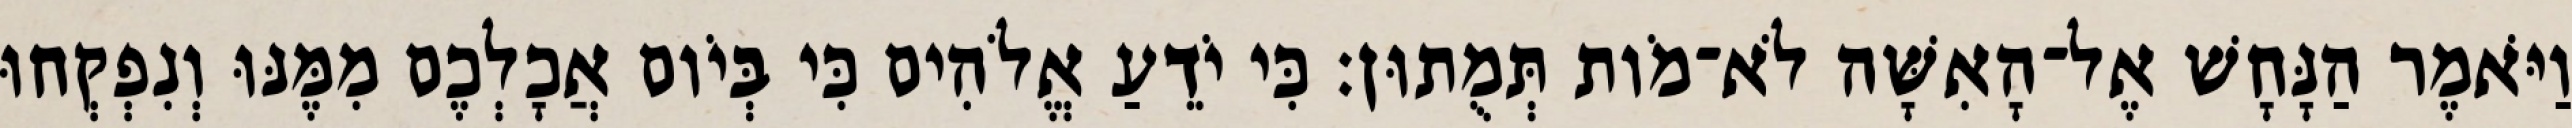
וַיֹּאמֶר הַנָּחָשׁ אֶל־הָאִשָּׁה לֹא־מֹות תְּמֻתוּן׃ כִּי יֹדֵעַ אֱלֹהִים כִּי בְּיֹום אֲכָלְכֶם מִמֶּנּוּ וְנִפְקְחוּ